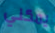
يمكني